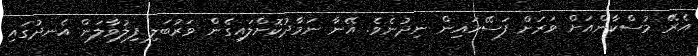
އެރޭ މުސްކާންއަށް ވަރަށް ފަސޭހައިން ނިދުނެވެ. އޭނާ ނަމާދުކޮށްލައިގެން ވަރުބަލި ފިލުވާލަން އެނދުގައި